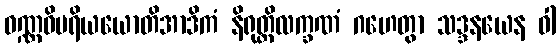
ဝဏ္ဏဝိပရိယယောတိအာဒိကံ နိရုတ္တိလက္ခဏံ ဂဟေတွာ သဒ္ဒနယေန ဝါ